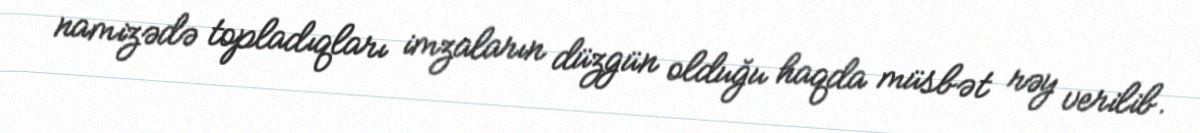
namizədə topladıqları imzaların düzgün olduğu haqda müsbət rəy verilib.